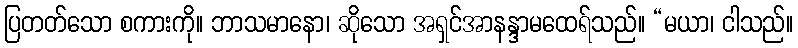
ပြတတ်သော စကားကို။ ဘာသမာနော၊ ဆိုသော အရှင်အာနန္ဒာမထေရ်သည်။ “မယာ၊ ငါသည်။